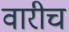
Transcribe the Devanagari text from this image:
वारीच